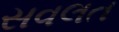
સવલત